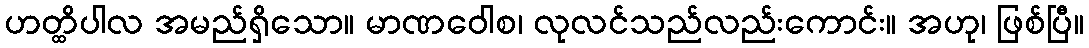
ဟတ္ထိပါလ အမည်ရှိသော။ မာဏဝေါစ၊ လုလင်သည်လည်းကောင်း။ အဟု၊ ဖြစ်ပြီ။